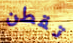
تقطن